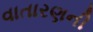
વાતારણની